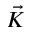
\vec { K }